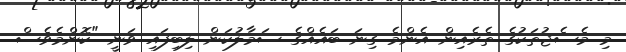
މި މެސެޖުތަކުގެ ތެރެއިން އެންމެ ގިނަ ބައެއްގެ ސަމާލުކަން ލިބިފައި ވަނީ "ކޮންމެވެސް